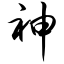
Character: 神